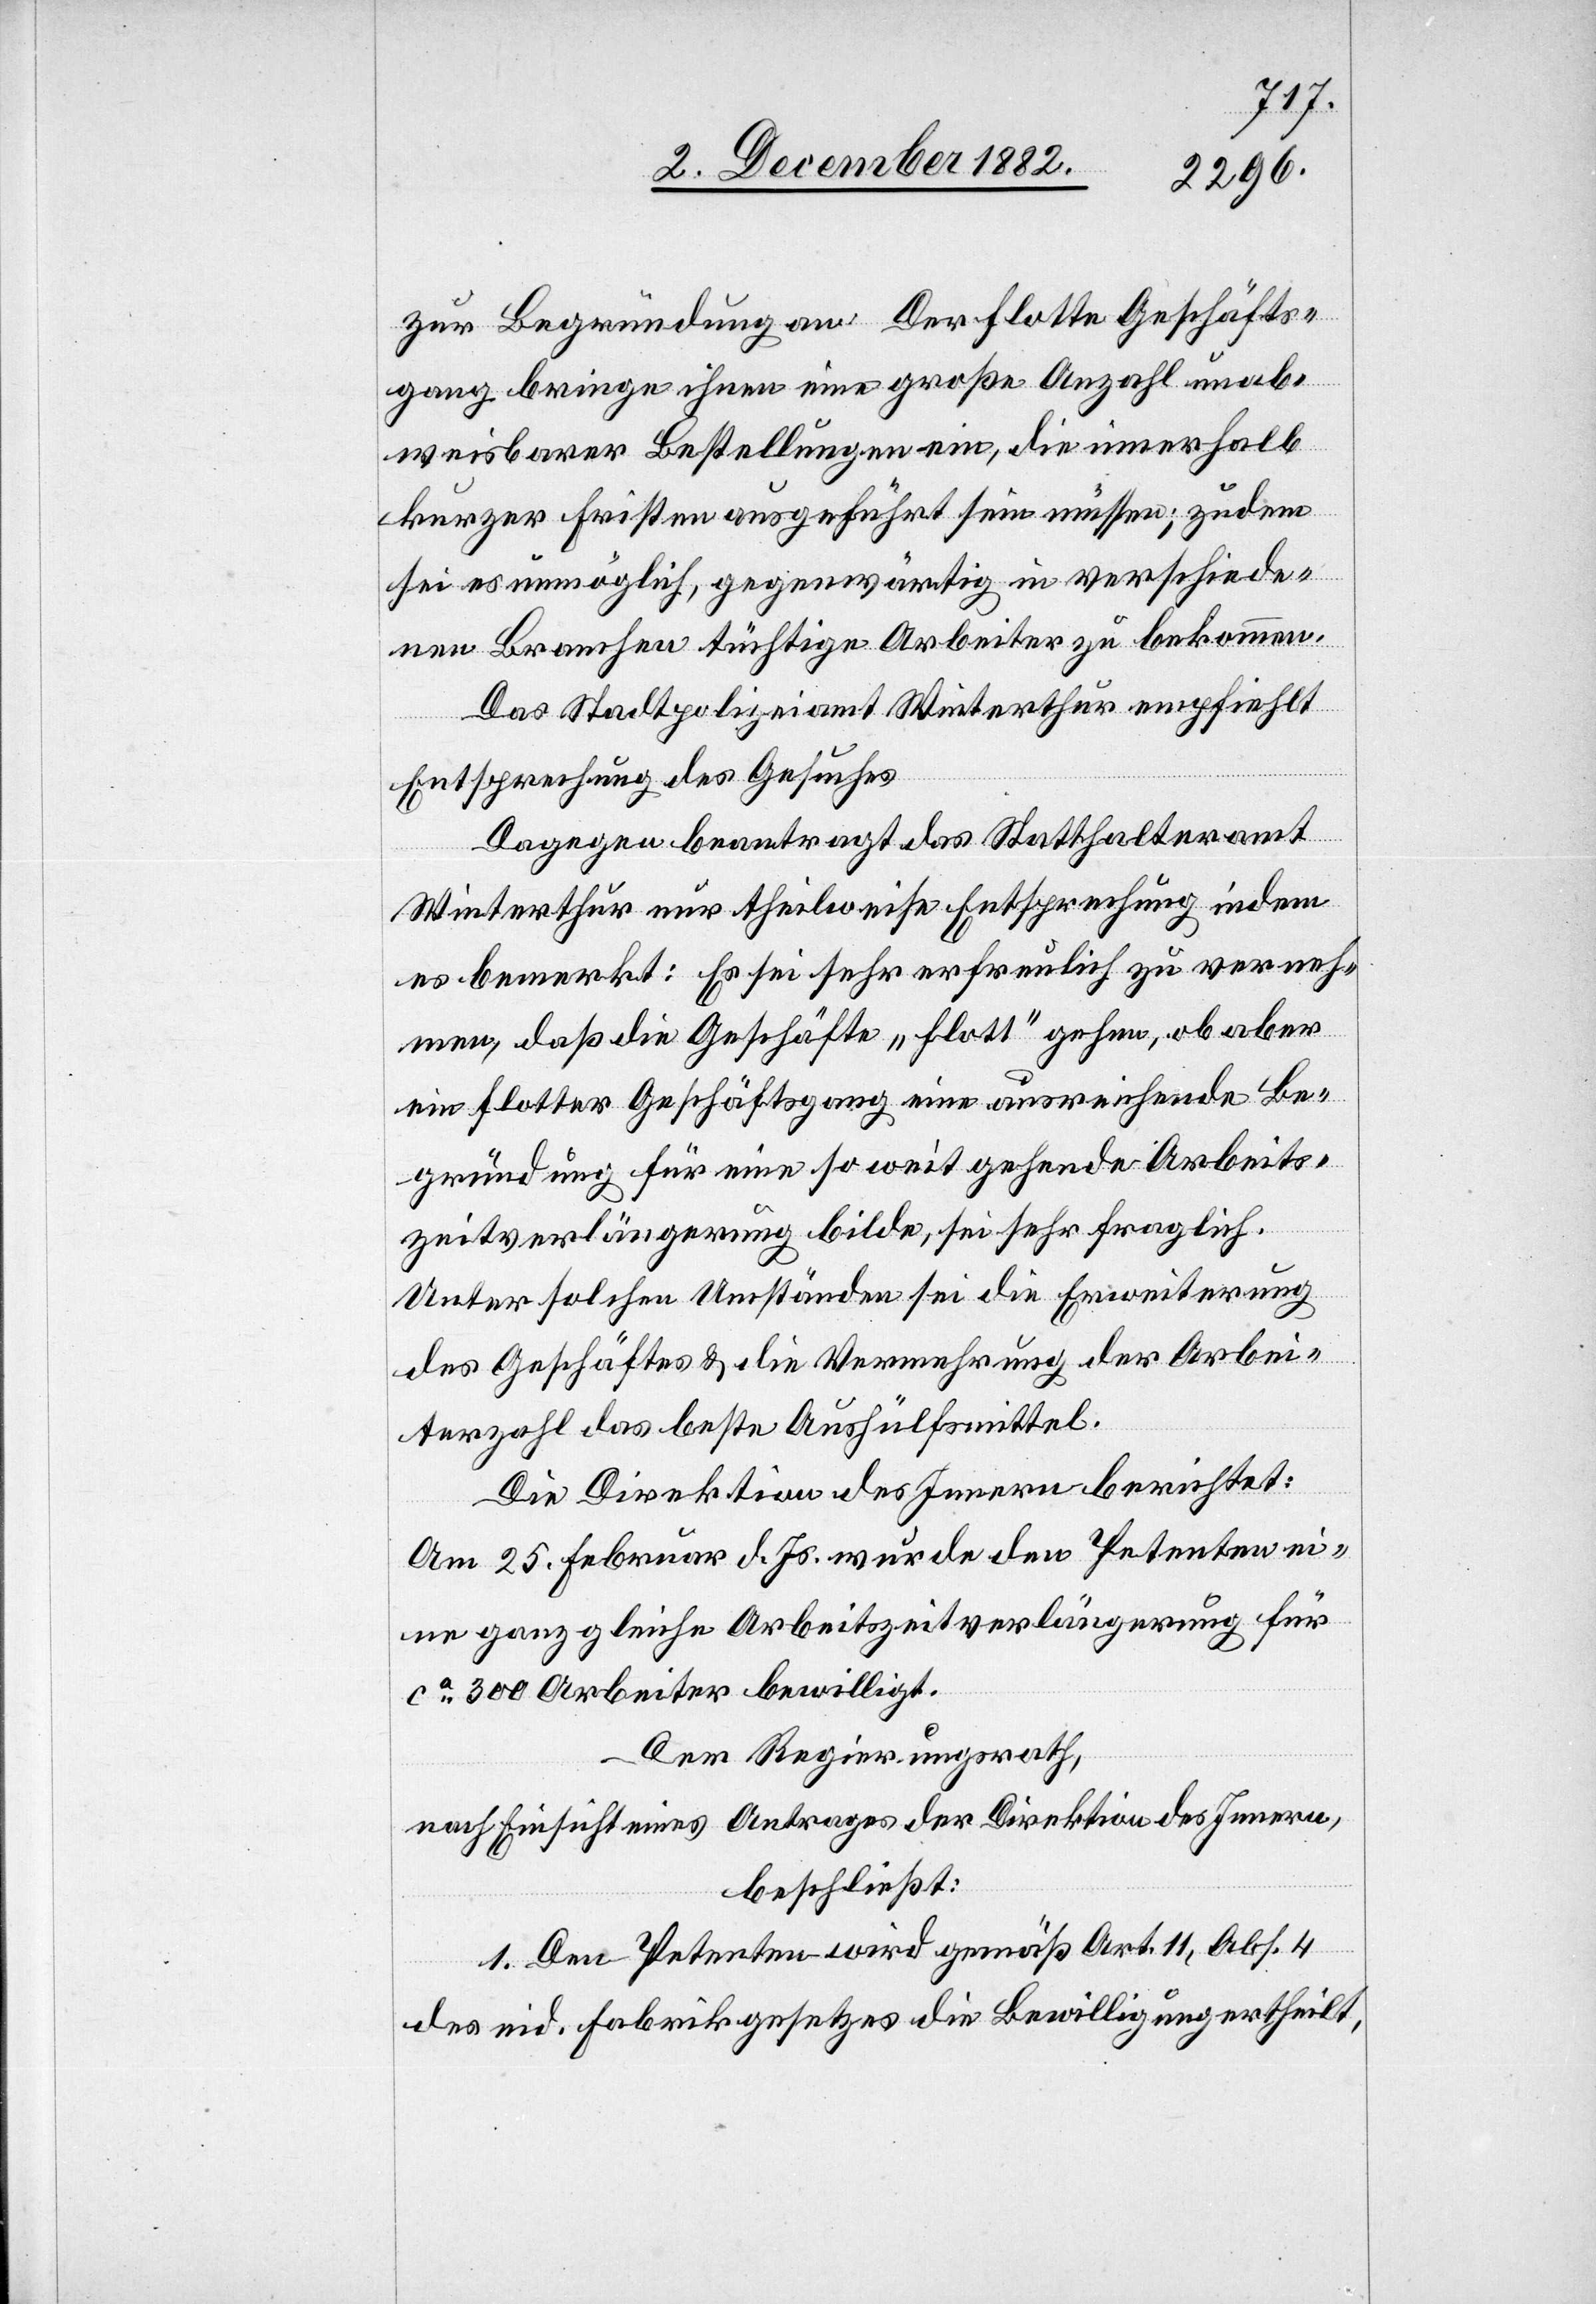
zur Begründung an: Der flotte Geschäfts¬
gang bringe ihnen eine große Anzahl unab¬
weisbarer Bestellungen ein, die innerhalb
kurzer Fristen ausgeführt sein müssen; zudem
sei es unmöglich, gegenwärtig in verschiede¬
nen Branchen tüchtige Arbeiter zu bekommen.
Das Stadtpolizeiamt Winterthur empfiehlt
Entsprechung des Gesuches[.]
Dagegen beantragt das Statthalteramt
Winterthur nur theilweise Entsprechung indem
es bemerkt: Es sei sehr erfreulich zu verneh¬
men, daß die Geschäfte „flott“ gehen, ob aber
ein flotter Geschäftsgang eine ausreichende Be¬
gründung für eine so weit gehende Arbeits¬
zeitverlängerung bilde, sei sehr fraglich.
Unter solchen Umständen sei die Erweiterung
des Geschäftes & die Vermehrung der Arbei¬
terzahl das beste Aushülfsmittel.
Die Direktion des Innern berichtet:
Am 25. Februar d. Js. wurde den Petenten ei¬
ne ganz gleiche Arbeitszeitverlängerung für
ca 300 Arbeiter bewilligt.
Der Regierungsrath,
nach Einsicht eines Antrages der Direktion des Innern,
beschließt:
1. Den Petenten wird gemäß Art. 11, Abs. 4
des eid. Fabrikgesetzes die Bewilligung ertheilt,